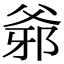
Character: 𤕓